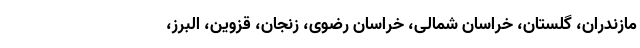
مازندران، گلستان، خراسان شمالی، خراسان رضوی، زنجان، قزوین، البرز،